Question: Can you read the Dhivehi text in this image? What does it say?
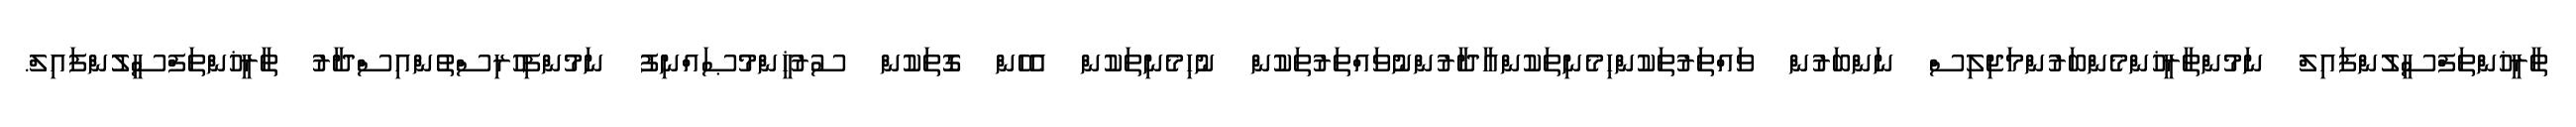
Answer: ތާރީޚުންތަފްސީލުންފައިލް ނަމުންތާރީޚުންމެންބަރުންމަޖިލިސް ނަންބަރުން ވައްތަރުތަކުންހިމެނިތަކުންއާދާރުންނުވައްތަރުތަކުން ނުހިމެނިތަކުން އެހެން ގޮތަކުން ސުރުޚީންމުޞައްނިފު ނަމުންފިހުރިސްތުންއިސްދާރު ތާރީޚުންތަފްސީލުންފައިލް.